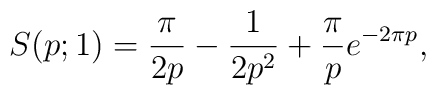
S(p;1)=\frac{\pi}{2p}-\frac{1}{2p^2}+\frac{\pi}{p}e^{-2\pi p},